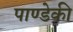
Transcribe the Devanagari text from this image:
पाण्डेकी